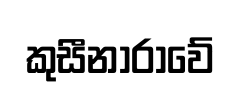
කුසීනාරාවේ